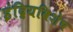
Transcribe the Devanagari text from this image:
इंद्रियविशेष